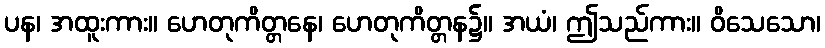
ပန၊ အထူးကား။ ဟေတုကိတ္တနေ၊ ဟေတုကိတ္တန၌။ အယံ၊ ဤသည်ကား။ ဝိသေသော၊